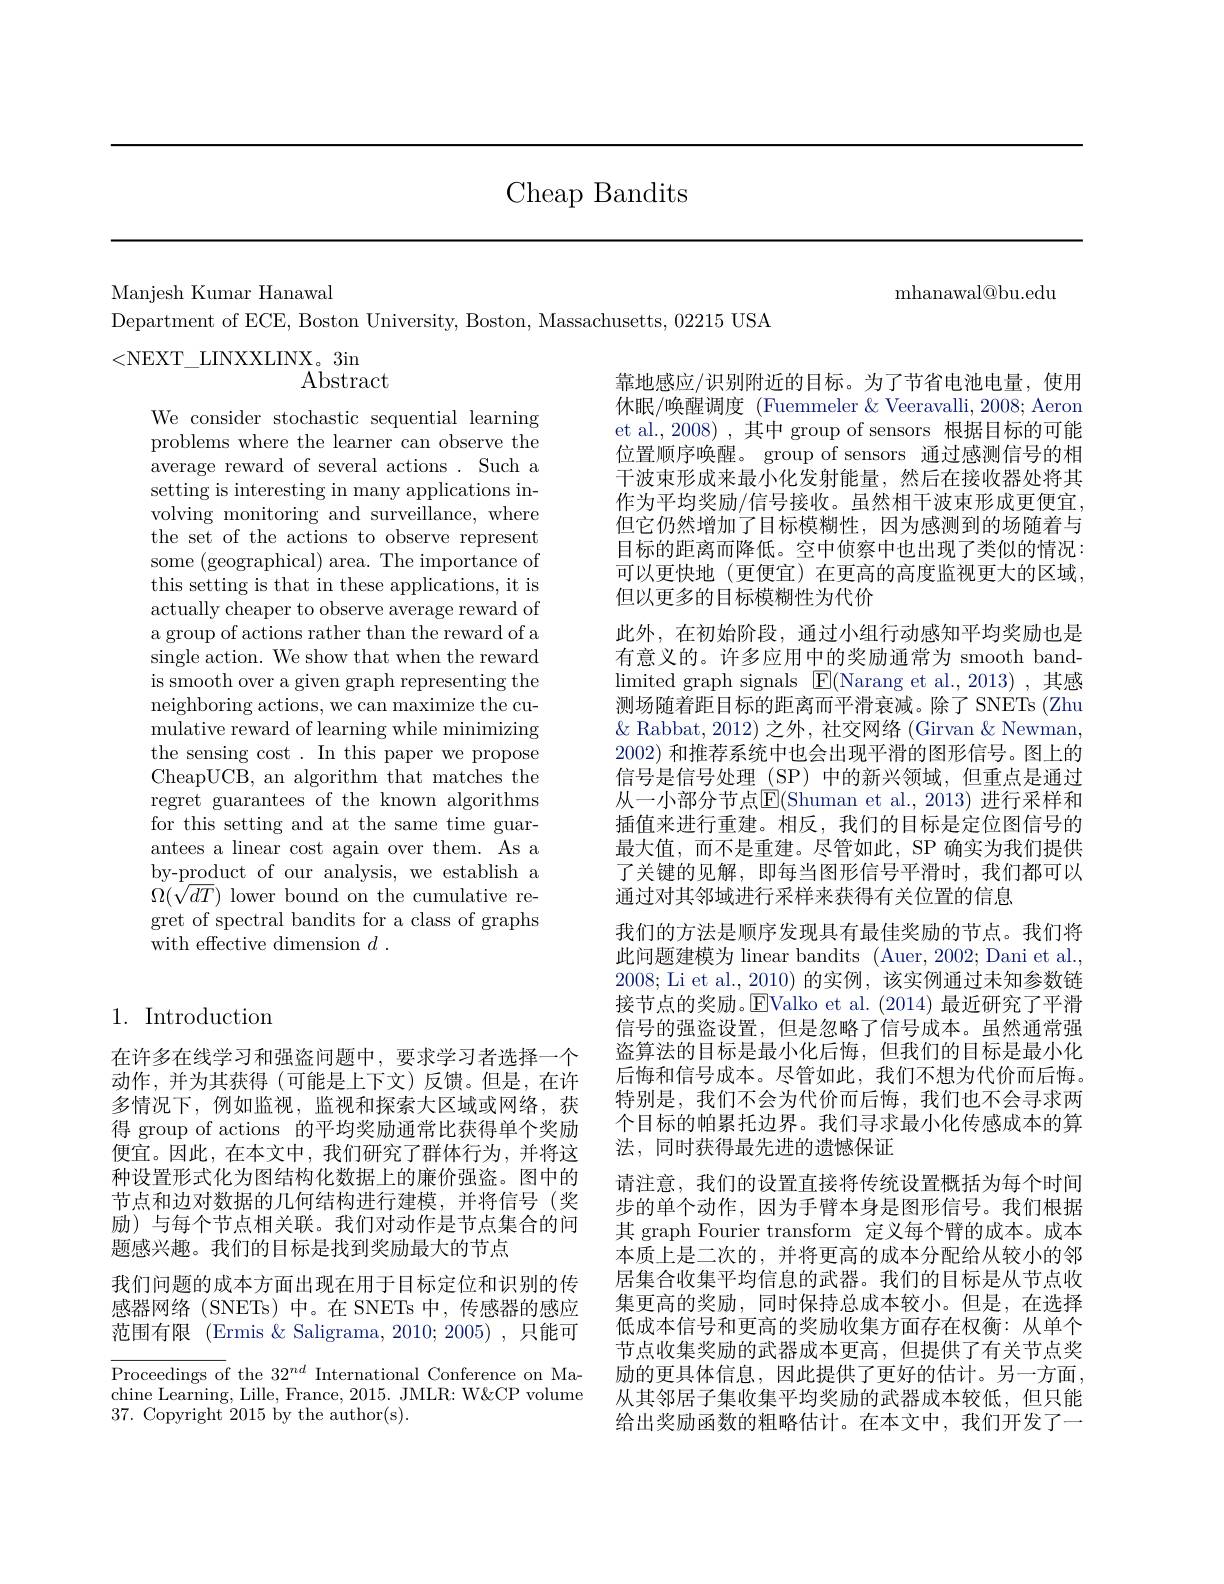
Cheap Bandits

${\mathrm{mhanawal@bu.edu}}$

Manjesh Kumar Hanawal
Department of ECE, Boston University, Boston, Massachusetts, 02215 USA
<NEXT\_LINXXLINX。3in
$\operatorname{Abstract}$
靠地感应/识别附近的目标。为了节省电池电量，使用

We consider stochastic sequential learning problems where the learner can observe the average reward of several actions . Such a setting is interesting in many applications involving monitoring and surveillance, where the set of the actions to observe represent some (geographical) area. The importance of this setting is that in these applications, it is actually cheaper to observe average reward of a group of actions rather than the reward of a single action. We show that when the reward is smooth over a given graph representing the neighboring actions, we can maximize the cumulative reward of learning while minimizing the sensing cost . In this paper we propose CheapUCB, an algorithm that matches the regret guarantees of the known algorithms for this setting and at the same time guarantees a linear cost again over them. As a by-product of our analysis, we establish a $\Omega(\sqrt{dT})$ lower bound on the cumulative regret of spectral bandits for a class of graphs with effective dimension $d$ .

休眠/唤醒调度 (Fuemmeler &Veeravalli, 2008; Aeron et al., 2008) ,其中 group of sensors 根据目标的可能位置顺序唤醒。group of sensors 通过感测信号的相干波束形成来最小化发射能量，然后在接收器处将其作为平均奖励/信号接收。虽然相干波束形成更便宜但它仍然增加了目标模糊性，因为感测到的场随着与目标的距离而降低。空中侦察中也出现了类似的情况： 可以更快地(更便宜)在更高的高度监视更大的区域， 但以更多的目标模糊性为代价
此外，在初始阶段，通过小组行动感知平均奖励也是有意义的。许多应用中的奖励通常为 smooth bandlimited graph signals $\boxed{\mathrm{E}}($Narang et al.,2013),其感测场随着距目标的距离而平滑衰减。除了 SNETs (Zhu $\&$ Rabbat, 2012) 之外，社交网络 (Girvan & Newman, 2002) 和推荐系统中也会出现平滑的图形信号。图上的信号是信号处理(SP)中的新兴领域，但重点是通过从一小部分节点$\overline{\mathbb{E}}($Shuman et al.,2013) 进行采样和插值来进行重建。相反，我们的目标是定位图信号的最大值，而不是重建。尽管如此，SP 确实为我们提供了关键的见解，即每当图形信号平滑时，我们都可以通过对其邻域进行采样来获得有关位置的信息
我们的方法是顺序发现具有最佳奖励的节点。我们将此问题建模为 linear bandits (Auer, 2002; Dani et al., 2008; Li et al., 2010) 的实例，该实例通过未知参数链接节点的奖励。EValko et al. (2014) 最近研究了平滑信号的强盗设置，但是忽略了信号成本。虽然通常强盗算法的目标是最小化后悔，但我们的目标是最小化后悔和信号成本。尽管如此，我们不想为代价而后悔。特别是，我们不会为代价而后悔，我们也不会寻求两个目标的帕累托边界。我们寻求最小化传感成本的算法，同时获得最先进的遗憾保证
请注意，我们的设置直接将传统设置概括为每个时间步的单个动作，因为手臂本身是图形信号。我们根据其 graph Fourier transform 定义每个臂的成本。成本本质上是二次的，并将更高的成本分配给从较小的邻居集合收集平均信息的武器。我们的目标是从节点收集更高的奖励，同时保持总成本较小。但是，在选择低成本信号和更高的奖励收集方面存在权衡：从单个节点收集奖励的武器成本更高，但提供了有关节点奖励的更具体信息，因此提供了更好的估计。另一方面从其邻居子集收集平均奖励的武器成本较低，但只能给出奖励函数的粗略估计。在本文中，我们开发了一

## 1. Introduction

在许多在线学习和强盗问题中，要求学习者选择一个动作，并为其获得(可能是上下文)反馈。但是，在许多情况下，例如监视，监视和探索大区域或网络，获得 group of actions 的平均奖励通常比获得单个奖励便宜。因此，在本文中，我们研究了群体行为，并将这种设置形式化为图结构化数据上的廉价强盗。图中的节点和边对数据的几何结构进行建模，并将信号(奖励)与每个节点相关联。我们对动作是节点集合的问题感兴趣。我们的目标是找到奖励最大的节点

我们问题的成本方面出现在用于目标定位和识别的传感器网络(SNETs)中。在 SNETs 中，传感器的感应范围有限 (Ermis & Saligrama, 2010; 2005) ,只能可

$\overline{\text{Proceedings of the }32^{nd}\text{ International Conference on Ma-}}$ chine Learning, Lille, France, 2015. JMLR: W&CP volume 37. Copyright 2015 by the author(s).